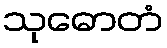
သုဓောတံ